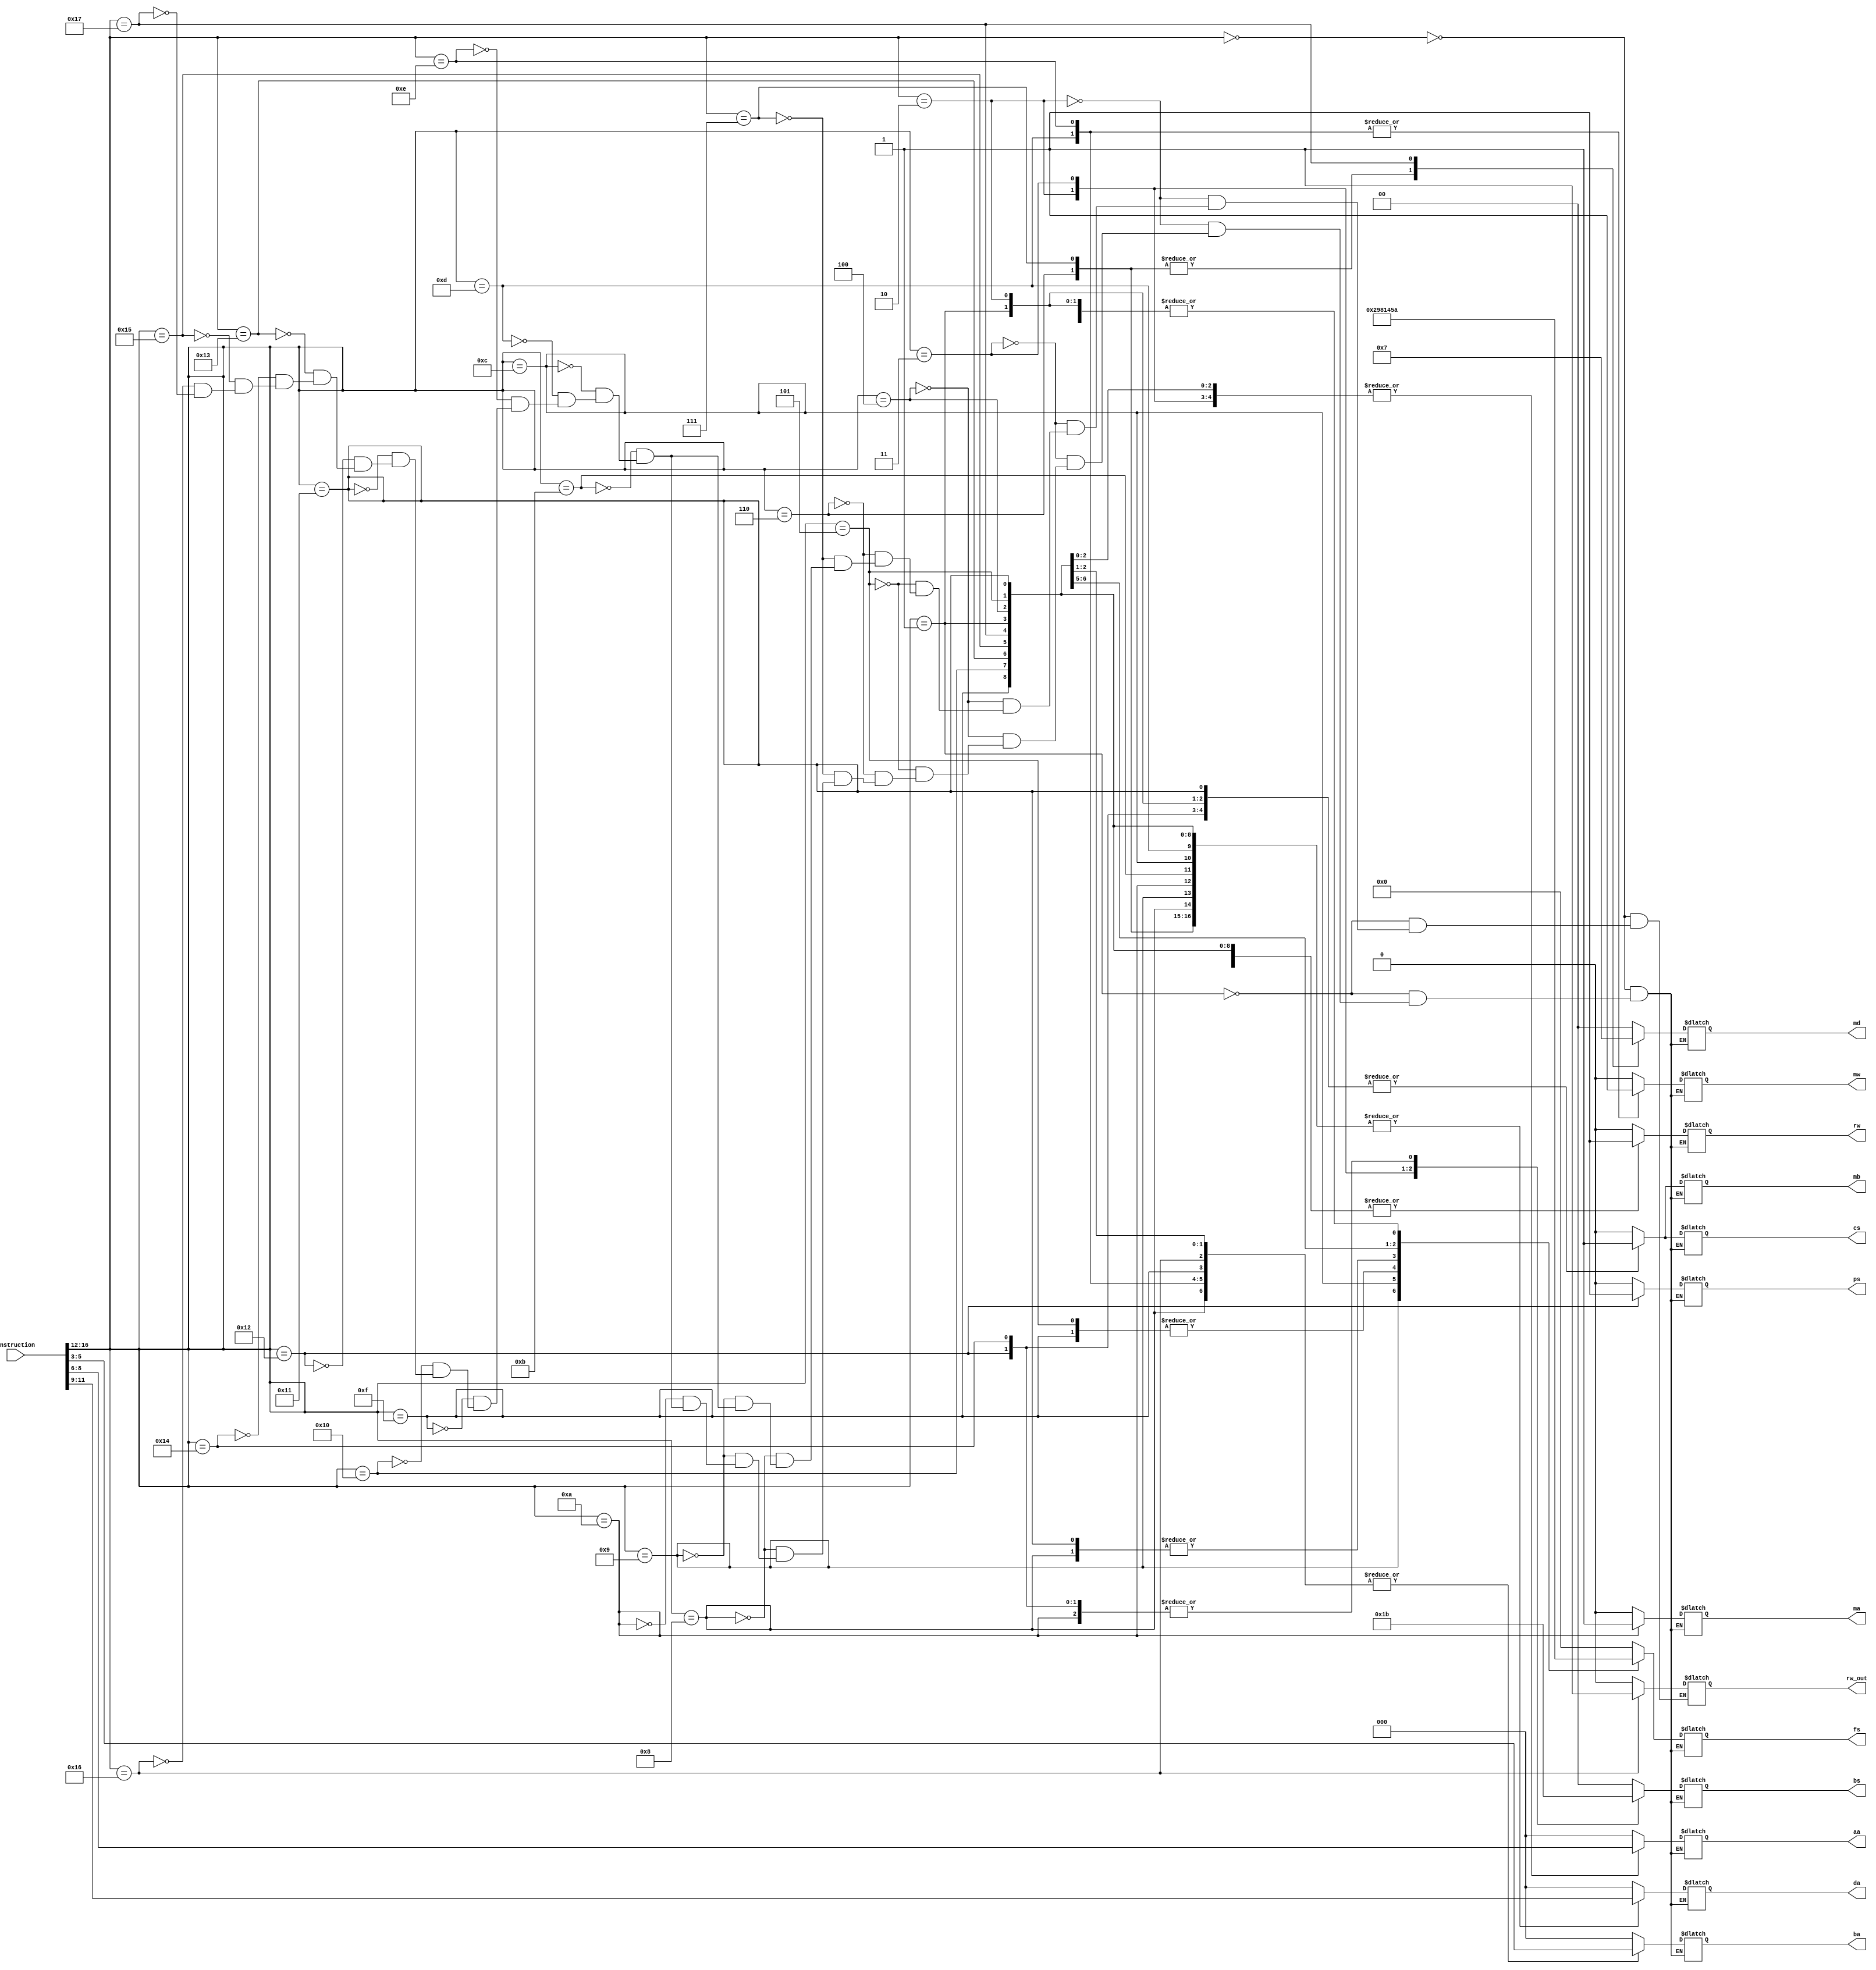
`timescale 1ns / 1ps
//////////////////////////////////////////////////////////////////////////////////
// Company: 
// Engineer: 
// 
// Design Name: 
// Module Name: instruction_decoder
// Project Name: 
// Target Devices: 
// Tool Versions: 
// Description: 
// 
// Dependencies: 
// 
// Revision:
// Revision 0.01 - File Created
// Additional Comments:
// 
//////////////////////////////////////////////////////////////////////////////////


module instruction_decoder( input [16:0] instruction,
                            output reg       rw,
                            output reg       rw_out,
                            output reg [2:0] da,
                            output reg [1:0] md,
                            output reg [1:0] bs,
                            output reg       ps,
                            output reg       mw,
                            output reg [3:0] fs,
                            output reg       ma,
                            output reg       mb,
                            output reg [2:0] aa,
                            output reg [2:0] ba,
                            output reg       cs );

    always @(*)
    begin
        case(instruction[16:12])
        5'b00000: begin //nop
            rw = 0;
            rw_out = 0;
            ps = 2'b0;
            mw = 0;
            ma = 0;
            mb = 0;
            cs = 0;
            md = 2'b0;
            bs = 2'b0;
            da = 3'b0;
            aa = 3'b0;
            ba = 3'b0;
            fs = 4'b0;
        end
        5'b00001: begin //xri
            rw = 1;
            rw_out = 0;
            ps = 2'b0;
            mw = 0;
            ma = 0;
            mb = 1;
            cs = 1;
            md = 2'b0;
            bs = 2'b0;
            da = instruction[11:9];
            aa = instruction[8:6];
            ba = 3'b0;
            fs = 4'b1010;
        end
        5'b00010: begin //BZ
            rw = 0;
            rw_out = 0;
            ps = 2'b0;
            mw = 0;
            ma = 0;
            mb = 1;
            cs = 1;
            md = 2'b0;
            bs = 2'b01;
            da = 3'b0;
            aa = instruction[8:6];
            ba = 3'b0;
            fs = 4'b1010;
        end
        5'b00011: begin //jmr
            rw = 0;
            rw_out = 0;
            ps = 2'b0;
            mw = 0;
            ma = 0;
            mb = 0;
            cs = 0;
            md = 2'b0;
            bs = 2'b10;
            da = 3'b0;
            aa = instruction[8:6];
            ba = 3'b0;
            fs = 4'b0000;
        end
        5'b00100: begin //add
            rw = 1;
            rw_out = 0;
            ps = 2'b0;
            mw = 0;
            ma = 0;
            mb = 0;
            cs = 0;
            md = 2'b0;
            bs = 2'b0;
            da = instruction[11:9];
            aa = instruction[8:6];
            ba = instruction[5:3];
            fs = 4'b0000;
        end
        5'b00101: begin //and
            rw = 1;
            rw_out = 0;
            ps = 2'b0;
            mw = 0;
            ma = 0;
            mb = 0;
            cs = 0;
            md = 2'b0;
            bs = 2'b0;
            da = instruction[11:9];
            aa = instruction[8:6];
            ba = instruction[5:3];
            fs = 4'b1000;
        end
        5'b00110: begin //in
            rw = 1;
            rw_out = 0;
            ps = 2'b0;
            mw = 0;
            ma = 0;
            mb = 0;
            cs = 0;
            md = 2'b01;
            bs = 2'b0;
            da = instruction[11:9];
            aa = instruction[8:6];
            ba = 3'b0;
            fs = 4'b0000;
        end
        5'b00111: begin //ld
            rw = 1;
            rw_out = 0;
            ps = 2'b0;
            mw = 0;
            ma = 0;
            mb = 0;
            cs = 0;
            md = 2'b01;
            bs = 2'b0;
            da = instruction[11:9];
            aa = instruction[8:6];
            ba = 3'b0;
            fs = 4'b0000;
            
        end
        5'b01000: begin //sub
            rw = 1;
            rw_out = 0;
            ps = 2'b0;
            mw = 0;
            ma = 0;
            mb = 0;
            cs = 0;
            md = 2'b0;
            bs = 2'b0;
            da = instruction[11:9];
            aa = instruction[8:6];
            ba = instruction[5:3];
            fs = 4'b0001;
        end
        5'b01001: begin //not
            rw = 1;
            rw_out = 0;
            ps = 2'b0;
            mw = 0;
            ma = 0;
            mb = 0;
            cs = 0;
            md = 2'b0;
            bs = 2'b0;
            da = instruction[11:9];
            aa = instruction[8:6];
            ba = 3'b0;
            fs = 4'b0010;            
        end
        5'b01010: begin //jml
            rw = 1;
            ps = 2'b0;
            mw = 0;
            ma = 1;
            mb = 1;
            cs = 1;
            md = 2'b0;
            bs = 2'b11;
            da = instruction[11:9];
            aa = 3'b0;
            ba = 3'b0;
            fs = 4'b1010;            
        end
        5'b01011: begin //aiu
            rw = 1;
            rw_out = 0;
            ps = 2'b0;
            mw = 0;
            ma = 0;
            mb = 1;
            cs = 1;
            md = 2'b0;
            bs = 2'b0;
            da = instruction[11:9];
            aa = instruction[8:6];
            ba = 3'b0;
            fs = 4'b1010;
        end
        5'b01100: begin //ori
            rw = 1;
            rw_out = 0;
            ps = 2'b0;
            mw = 0;
            ma = 0;
            mb = 1;
            cs = 1;
            md = 2'b0;
            bs = 2'b0;
            da = instruction[11:9];
            aa = instruction[8:6];
            ba = 3'b0;
            fs = 4'b1001;            
        end
        5'b01101: begin //st
            rw = 0;
            rw_out = 0;
            ps = 2'b0;
            mw = 1;
            ma = 0;
            mb = 0;
            cs = 0;
            md = 2'b0;
            bs = 2'b00;
            da = instruction[11:9];
            aa = instruction[8:6];
            ba = instruction[5:3];
            fs = 4'b0000;            
        end
        5'b01110: begin //out
            rw = 0;
            rw_out = 0;
            ps = 2'b0;
            mw = 1;
            ma = 0;
            mb = 0;
            cs = 0;
            md = 2'b0;
            bs = 2'b0;
            da = 3'b0;
            aa = instruction[8:6];
            ba = instruction[5:3];
            fs = 4'b0000;
        end
        5'b01111: begin //slt
            rw = 1;
            rw_out = 0;
            ps = 2'b0;
            mw = 0;
            ma = 0;
            mb = 0;
            cs = 0;
            md = 2'b0;
            bs = 2'b0;
            da = instruction[11:9];
            aa = instruction[8:6];
            ba = instruction[5:3];
            fs = 4'b1000;            
        end
        5'b10000: begin //mov
            rw = 1;
            rw_out = 0;
            ps = 2'b0;
            mw = 0;
            ma = 0;
            mb = 0;
            cs = 0;
            md = 2'b0;
            bs = 2'b0;
            da = instruction[11:9];
            aa = instruction[8:6];
            ba = 3'b0;
            fs = 4'b1010;            
        end
        5'b10001: begin //adi
            rw = 1;
            rw_out = 0;
            ps = 2'b0;
            mw = 0;
            ma = 0;
            mb = 1;
            cs = 1;
            md = 2'b0;
            bs = 2'b0;
            da = instruction[11:9];
            aa = instruction[8:6];
            ba = 3'b0;
            fs = 4'b0001;            
        end
        5'b10010: begin //bnz
            rw = 0;
            rw_out = 0;
            ps = 2'b01;
            mw = 0;
            ma = 0;
            mb = 1;
            cs = 1;
            md = 2'b0;
            bs = 2'b11;
            da = 3'b0;
            aa = instruction[8:6];
            ba = 3'b0;
            fs = 4'b1010;            
        end
        5'b10011: begin //lsl
            rw = 1;
            rw_out = 0;
            ps = 2'b0;
            mw = 0;
            ma = 0;
            mb = 0;
            cs = 0;
            md = 2'b0;
            bs = 2'b0;
            da = instruction[11:9];
            aa = instruction[8:6];
            ba = 3'b0;
            fs = 4'b0100;            
        end
        5'b10100: begin //jmp
            rw = 0;
            rw_out = 0;
            ps = 2'b0;
            mw = 0;
            ma = 0;
            mb = 1;
            cs = 1;
            md = 2'b0;
            bs = 2'b11;
            da = 3'b0;
            aa = 3'b0;
            ba = 3'b0;
            fs = 4'b0000;            
        end
        5'b10101: begin //lsr
            rw = 1;
            rw_out = 0;
            ps = 2'b0;
            mw = 0;
            ma = 0;
            mb = 0;
            cs = 0;
            md = 2'b0;
            bs = 2'b0;
            da = instruction[11:9];
            aa = instruction[8:6];
            ba = 3'b0;
            fs = 4'b0101;           
        end
        5'b10110: begin // output r3 to r2
            rw = 0;
            rw_out = 1;
            ps = 2'b0;
            mw = 0;
            ma = 0;
            mb = 0;
            cs = 0;
            md = 2'b0;
            bs = 2'b0;
            da = 3'b0;
            aa = instruction[8:6];
            ba = instruction[5:3];;
            fs = 4'b1010;
        end
        5'b10111: begin // input r1
            rw = 1;
            rw_out = 0;
            ps = 2'b0;
            mw = 0;
            ma = 0;
            mb = 0;
            cs = 0;
            md = 2'b11;
            bs = 2'b0;
            da = instruction[11:9];
            aa = 3'b0;
            ba = 3'b0;
            fs = 4'b1010;            
        end
        endcase
    end
endmodule